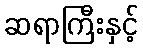
ဆရာကြီးနှင့်